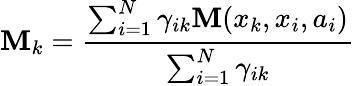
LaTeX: \mathbf{M}_{k}=\frac{{\sum_{i=1}^{N}\gamma_{ik}\mathbf{M}(x_{k},x_{i},a_{i})}}{{\sum_{i=1}^{N}\gamma_{ik}}}